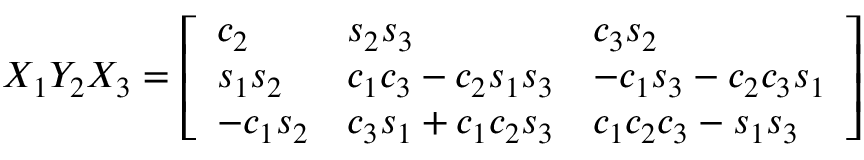
X _ { 1 } Y _ { 2 } X _ { 3 } = { \left[ \begin{array} { l l l } { c _ { 2 } } & { s _ { 2 } s _ { 3 } } & { c _ { 3 } s _ { 2 } } \\ { s _ { 1 } s _ { 2 } } & { c _ { 1 } c _ { 3 } - c _ { 2 } s _ { 1 } s _ { 3 } } & { - c _ { 1 } s _ { 3 } - c _ { 2 } c _ { 3 } s _ { 1 } } \\ { - c _ { 1 } s _ { 2 } } & { c _ { 3 } s _ { 1 } + c _ { 1 } c _ { 2 } s _ { 3 } } & { c _ { 1 } c _ { 2 } c _ { 3 } - s _ { 1 } s _ { 3 } } \end{array} \right] }